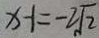
x - 1 = - 2 \sqrt { 2 }